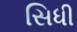
સિધી